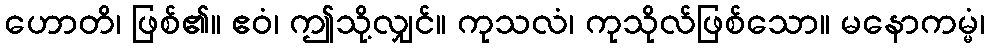
ဟောတိ၊ ဖြစ်၏။ ဧဝံ၊ ဤသို့လျှင်။ ကုသလံ၊ ကုသိုလ်ဖြစ်သော။ မနောကမ္မံ၊